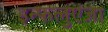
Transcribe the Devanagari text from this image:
इन्फलुएंजा